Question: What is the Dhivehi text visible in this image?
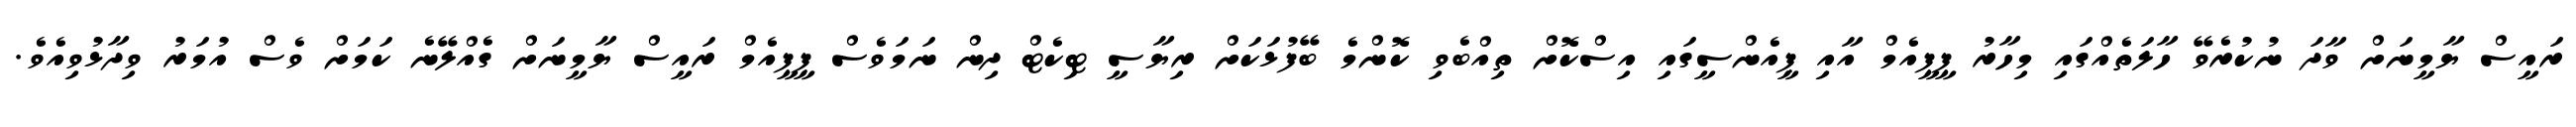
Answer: ރައީސް ޔާމީނަށް ވާދަ ނުކުރެވޭ ހާލަތެއްގައި މިހާރު ޕީޕީއެމް އާއި ޕީއެންސީގައި އިސްކޮށް ތިއްބެވި ކޮންމެ ބޭފުޅަކަށް ރިޔާސީ ޓިކެޓް ދިން ނަމަވެސް ޕީޕީއެމް ރައީސް ޔާމީނަށް ގެއްލޭނެ ކަމަށް ވެސް އުމަރު ވިދާޅުވިއެވެ.